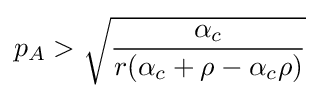
p_{A}>{\sqrt {\frac {\alpha _{c}}{r(\alpha _{c}+\rho -\alpha _{c}\rho )}}}